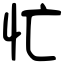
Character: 忙